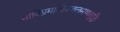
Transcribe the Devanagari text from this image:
भाविप्रमावोज्जलमव्यबुद्धिः